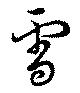
雪